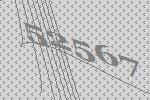
52567